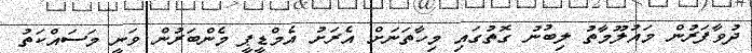
ދުވާފަރުން މައުލޫމާތު ލިބުނު ގޮތުގައި މިހާތަނަށް އެރަށު އެމްޑީޕީ މެންބަރުން ވަނީ މަސައްކަތު